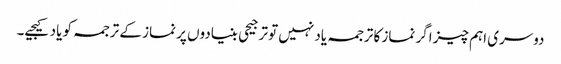
دوسری اہم چیز اگر نماز کا ترجمہ یاد نہیں تو ترجیحی بنیادوں پر نماز کے ترجمہ کو یاد کیجیے۔